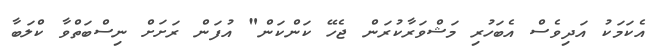
އެކަމަކު އަދިވެސް އެބަހުރި މަޝްވަރާކުރަން ޖެހޭ ކަންކަން" އުފަން ރަށަށް ނިސްބަތްވާ ކްލަބާ